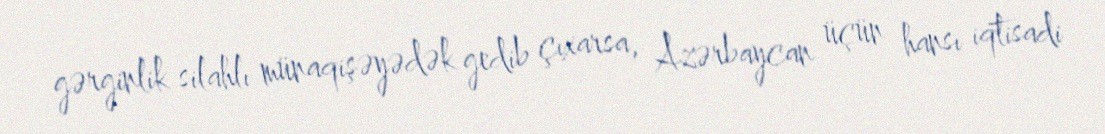
gərginlik silahlı münaqişəyədək gedib çıxarsa, Azərbaycan üçün hansı iqtisadi